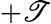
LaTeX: +\mathscr{T}